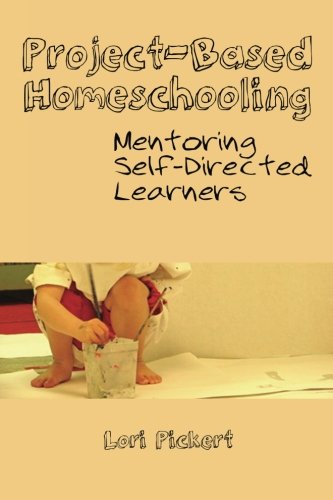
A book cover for Project-Based Homeschooling: Mentoring Self-Directed Learners; Lori McWilliam Pickert; Education & Teaching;